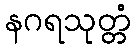
နဂရသုတ္တံ